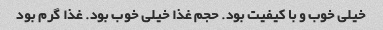
خیلی خوب و با کیفیت بود. حجم غذا خیلی خوب بود. غذا گرم بود